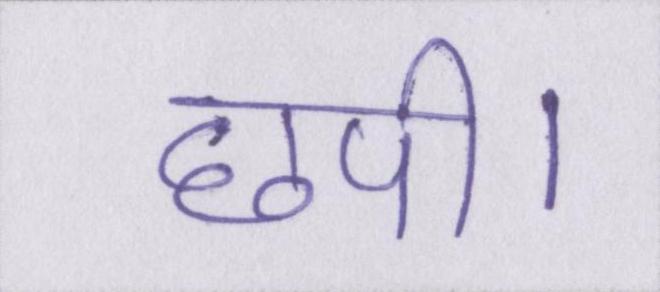
छपी।